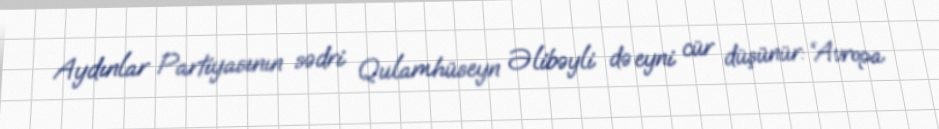
Aydınlar Partiyasının sədri Qulamhüseyn Əlibəyli də eyni cür düşünür: “Avropa